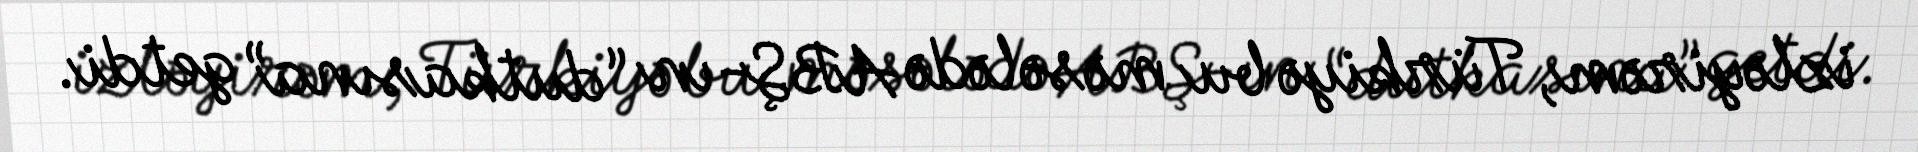
izləyirəm, Türkiyə bu məsələdə ABŞ-ın “dutkasına” getdi.